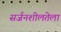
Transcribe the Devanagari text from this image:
सर्जनशीलतेला